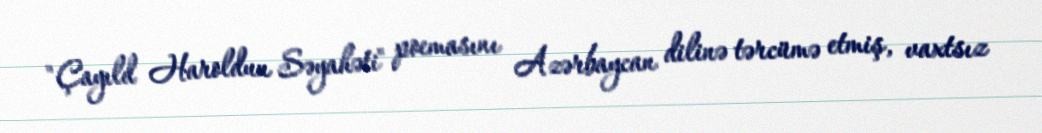
"Çayıld Haroldun Səyahəti" poemasını Azərbaycan dilinə tərcümə etmiş, vaxtsız